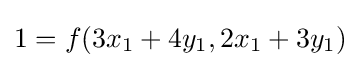
1=f(3x_{1}+4y_{1},2x_{1}+3y_{1})